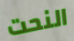
النحت